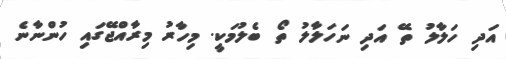
އަދި ހަލާލު ތޭ އަދި ނަހަލާލު ތޯ ބެލުމަކީ. މިހާރު މިރާއްޖޭގައި ހުންނާނެ